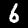
Digit: 6